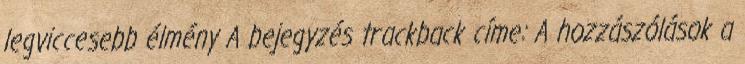
legviccesebb élmény A bejegyzés trackback címe: A hozzászólások a